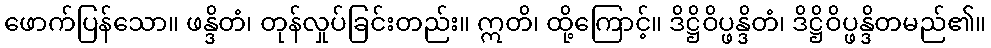
ဖောက်ပြန်သော။ ဖန္ဒိတံ၊ တုန်လှုပ်ခြင်းတည်း။ ဣတိ၊ ထို့ကြောင့်။ ဒိဋ္ဌိဝိပ္ဖန္ဒိတံ၊ ဒိဋ္ဌိဝိပ္ဖန္ဒိတမည်၏။